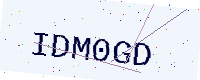
Text: IDM0GD